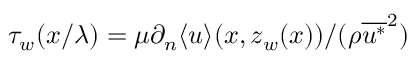
\tau _ { w } ( x / \lambda ) = \mu \partial _ { n } \langle u \rangle ( x , z _ { w } ( x ) ) / ( \rho \overline { { u ^ { * } } } ^ { 2 } )